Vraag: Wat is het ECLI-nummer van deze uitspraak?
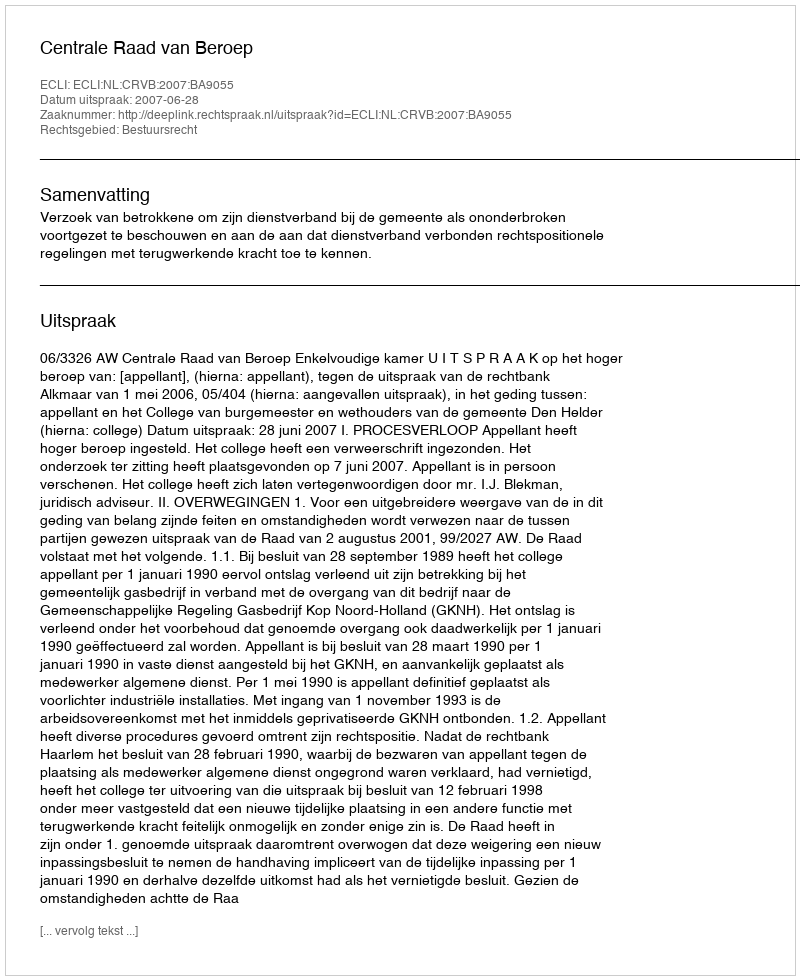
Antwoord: ECLI:NL:CRVB:2007:BA9055